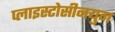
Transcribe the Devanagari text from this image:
प्लाइस्टोसीनयुग